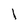
Character: l